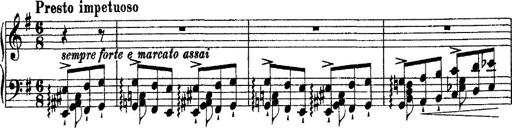
Title: Morceau de Salon
Composer: Josef Adalbert Pacher
Key: D-flat major